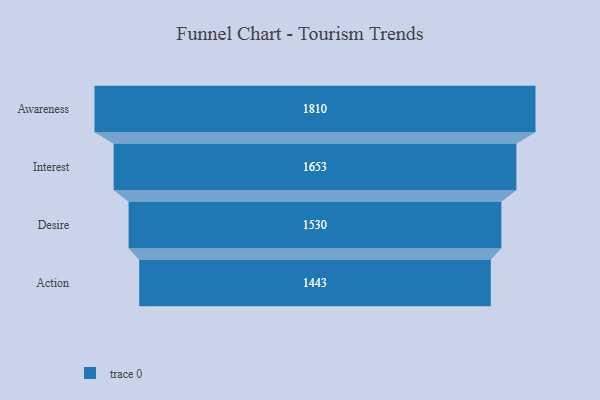
{"axis": {"x": "Stage", "y": "Value"}, "legend": [""], "data": [{"x": "Awareness", "y": 1810.0, "type": ""}, {"x": "Interest", "y": 1653.0, "type": ""}, {"x": "Desire", "y": 1530.0, "type": ""}, {"x": "Action", "y": 1443.0, "type": ""}]}